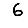
Digit: 6